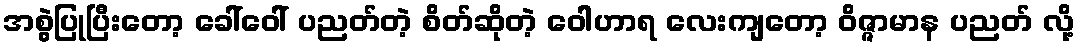
အစွဲပြုပြီးတော့ ခေါ်ဝေါ် ပညတ်တဲ့ စိတ်ဆိုတဲ့ ဝေါဟာရ လေးကျတော့ ဝိဇ္ဇာမာန ပညတ် လို့